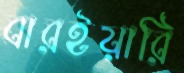
বারইয়ারি